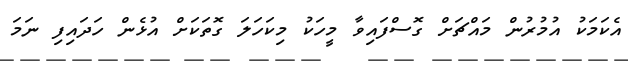
އެކަމަކު އުމުރުން މައްޗަށް ގޮސްފައިވާ މީހަކު މިކަހަލަ ގޮތަކަށް އުޅެން ހަދައިފި ނަމަ